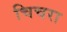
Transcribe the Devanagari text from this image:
चिचरा